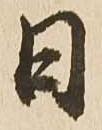
日